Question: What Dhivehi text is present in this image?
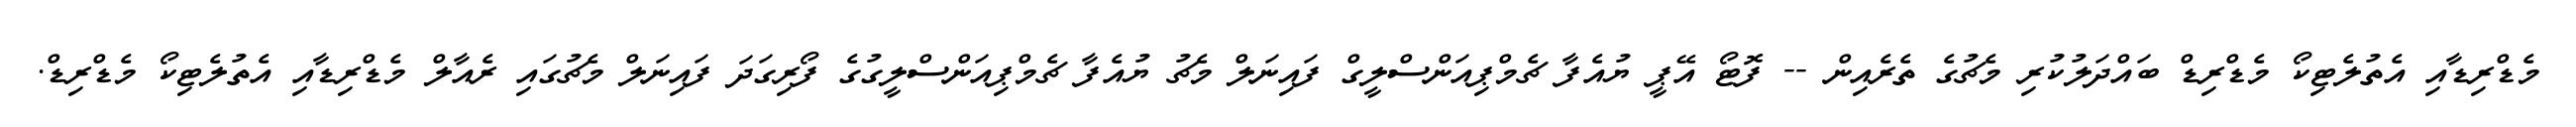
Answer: މެޑްރިޑާއި އެތުލެޓިކޯ މެޑްރިޑް ބައްދަލުކުރި މެޗުގެ ތެރެއިން -- ފޮޓޯ އޭޕީ ޔުއެފާ ޗެމްޕިއަންސްލީގް ފައިނަލް މެޗު ޔުއެފާ ޗެމްޕިއަންސްލީގުގެ ފޯރިގަދަ ފައިނަލް މެޗުގައި ރެއާލް މެޑްރިޑާއި އެތުލެޓިކޯ މެޑްރިޑް.